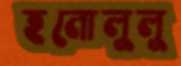
হনোলুলু